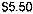
$5.50